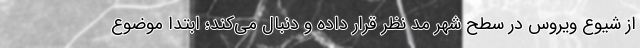
از شیوع ویروس در سطح شهر مد نظر قرار داده و دنبال می‌کند؛ ابتدا موضوع